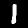
Digit: 1